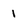
Character: 1